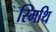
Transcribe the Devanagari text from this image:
स्मिथि